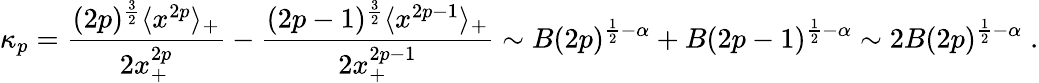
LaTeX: \kappa_{p}=\frac{(2p)^{\frac{3}{2}}\langle x^{2p}\rangle_{+}}{2x_{+}^{2p}}-\frac{(2p-1)^{\frac{3}{2}}\langle x^{2p-1}\rangle_{+}}{2x_{+}^{2p-1}}\sim B(2p)^{\frac{1}{2}-\alpha}+B(2p-1)^{\frac{1}{2}-\alpha}\sim 2B(2p)^{\frac{1}{2}-\alpha}\; .